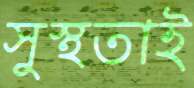
সুস্থতাই